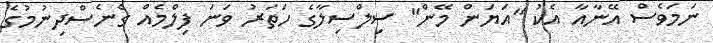
ނަމަވެސް އޭނާއާ އެކު "އަޔަން މޭން" ސިލްސިލާގެ ހަތަރު ވަނަ ފިލްމެއް ގެނެސްދިނުމުގެ